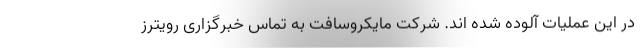
در این عملیات آلوده شده اند. شرکت مایکروسافت به تماس خبرگزاری رویترز